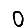
Digit: 0